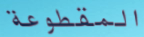
المقطوعة